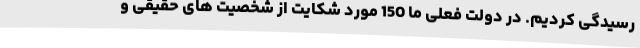
رسیدگی کردیم. در دولت فعلی ما 150 مورد شکایت از شخصیت های حقیقی و